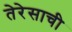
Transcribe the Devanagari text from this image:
तेरेसाची